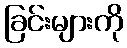
ခြင်းများကို